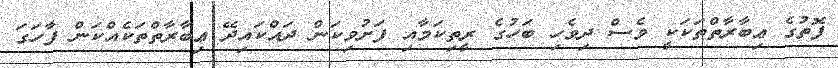
ފޮތުގެ ޢިބާރާތްތަކަކީ ވެސް ދިވެހި ބަހުގެ ރީތިކަމާއި ފަށުވިކަން ދައްކައިދޭ ޢިބާރާތްތަކެއްކަން ފާހަގަ